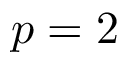
p = 2